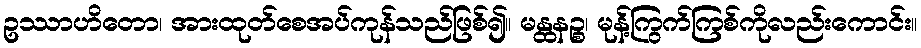
ဥဿာဟိတော၊ အားထုတ်စေအပ်ကုန်သည်ဖြစ်၍။ မန္ထနဉ္စ၊ မုန့်ကြွက်ကြစ်ကိုလည်းကောင်း။